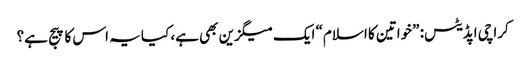
کراچی اپڈیٹس: ”خواتین کا اسلام“ ایک میگزین بھی ہے، کیا یہ اس کا پیج ہے؟